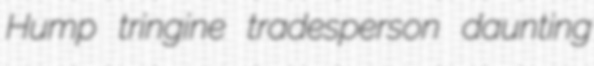
Hump tringine tradesperson daunting